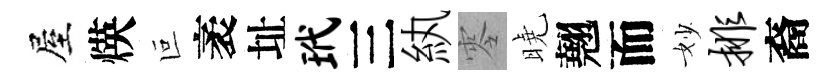
屋煐叵袤址玳三紈零曉翹而妙排裔